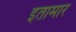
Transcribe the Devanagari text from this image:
इतामार